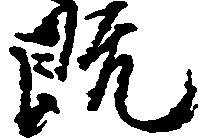
既